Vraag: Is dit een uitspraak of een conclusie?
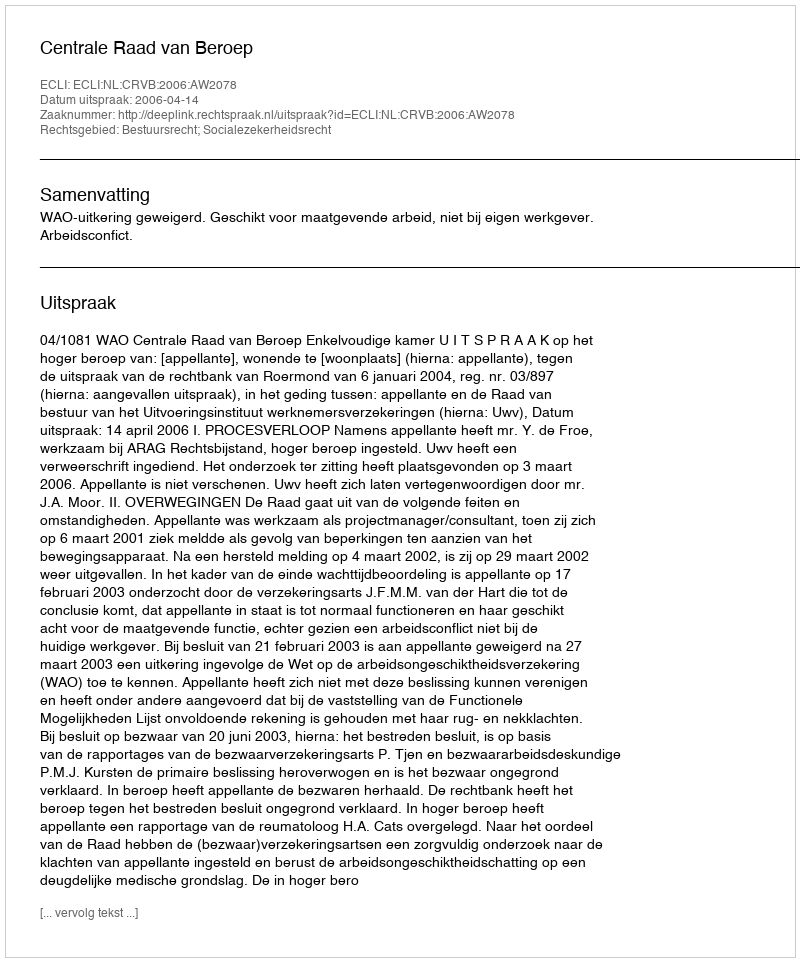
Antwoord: Uitspraak